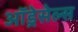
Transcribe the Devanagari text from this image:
ऑड्रेसेल्स